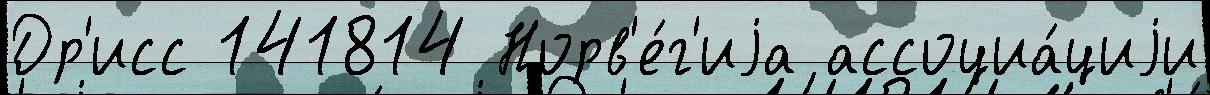
Др'исс 141814 Норв'е́г'иjа ассоциа́циjи